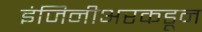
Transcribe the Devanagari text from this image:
इंजिनीअरकडून